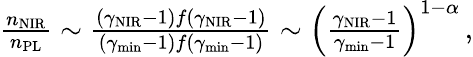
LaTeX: \begin{array}{r}{\frac{n_{\mathrm{NIR}}}{n_{\mathrm{PL}}}\sim\frac{(\gamma_{\mathrm{NIR}}-1)f(\gamma_{\mathrm{NIR}}-1)}{(\gamma_{\mathrm{min}}-1)f(\gamma_{\mathrm{min}}-1)}\sim\left(\frac{\gamma_{\mathrm{NIR}}-1}{\gamma_{\mathrm{min}}-1}\right)^{1-\alpha}\, ,}\end{array}